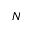
_ N